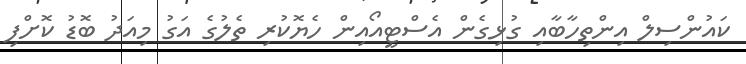
ކައުންސިލް އިންތިހާބާއި ގުޅިގެން އެސްޓީއޯއިން ހެޔޮކުރި ތެލުގެ އަގު މިއަދު ބޮޑު ކޮށްފި